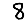
Digit: 8